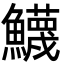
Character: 鱴